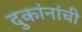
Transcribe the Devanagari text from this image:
दुकांनांची